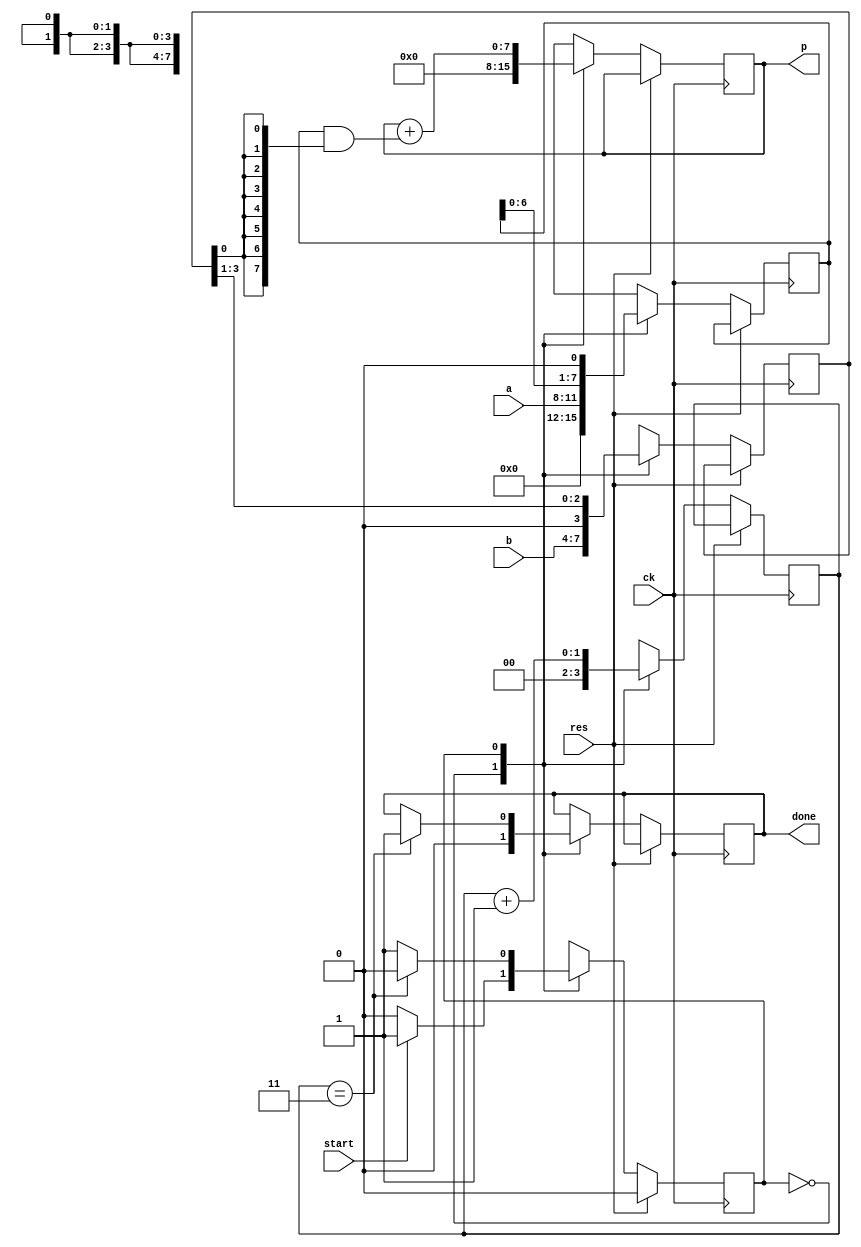
module mult4s1(ck, res, start, done, a, b, p);
    input ck;       // 
    input res;      // 
    input start;    // start1
    output done;    // done1
    input [3:0] a, b;
    output [7:0] p;

    reg done;
    reg [7:0] p;

    reg state;

    reg [7:0] a_reg;    // 
    reg [3:0] b_reg;    // 
    reg [1:0] cnt;      // 
    
    parameter   S0 = 1'b0,  // 
                S1 = 1'b1;  // 

    always @(posedge ck) begin
        if (res == 1'b1)
            state <= S0;
        else
            case (state)
                S0: begin
                    done <= 1'b0;
                    p <= 8'h00;
                    cnt <= 2'b00;
                    a_reg <= a;
                    b_reg <= b;
                    
                    if (start == 1)
                        state <= S1;
                    else
                        state <= S0;
                end
                S1: begin
                    p <= p + (a_reg & { 8{b_reg[0]} });

                    a_reg <= {a_reg[6:0], 1'b0};
                    b_reg <= {1'b0, b_reg[3:1]};

                    cnt <= cnt + 2'b01;
                    
                    if (cnt == 2'b11) begin
                        done <= 1'b1;
                        state <= S0;
                    end
                    else
                        state <= S1;
                end

                default:
                    state <= S0;
            endcase
    end

endmodule